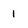
Character: 1